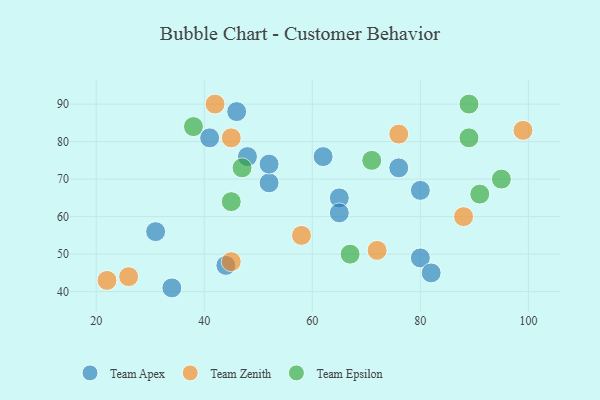
{"axis": {"x": "GDP", "y": "Life Expectancy"}, "legend": ["Team Apex", "Team Epsilon", "Team Zenith"], "data": [{"x": "76", "y": 73, "type": "Team Apex"}, {"x": "80", "y": 49, "type": "Team Apex"}, {"x": "44", "y": 47, "type": "Team Apex"}, {"x": "46", "y": 88, "type": "Team Apex"}, {"x": "82", "y": 45, "type": "Team Apex"}, {"x": "31", "y": 56, "type": "Team Apex"}, {"x": "48", "y": 76, "type": "Team Apex"}, {"x": "65", "y": 65, "type": "Team Apex"}, {"x": "62", "y": 76, "type": "Team Apex"}, {"x": "34", "y": 41, "type": "Team Apex"}, {"x": "80", "y": 67, "type": "Team Apex"}, {"x": "41", "y": 81, "type": "Team Apex"}, {"x": "52", "y": 69, "type": "Team Apex"}, {"x": "65", "y": 61, "type": "Team Apex"}, {"x": "52", "y": 74, "type": "Team Apex"}, {"x": "26", "y": 44, "type": "Team Zenith"}, {"x": "72", "y": 51, "type": "Team Zenith"}, {"x": "88", "y": 60, "type": "Team Zenith"}, {"x": "45", "y": 81, "type": "Team Zenith"}, {"x": "76", "y": 82, "type": "Team Zenith"}, {"x": "42", "y": 90, "type": "Team Zenith"}, {"x": "58", "y": 55, "type": "Team Zenith"}, {"x": "45", "y": 48, "type": "Team Zenith"}, {"x": "99", "y": 83, "type": "Team Zenith"}, {"x": "22", "y": 43, "type": "Team Zenith"}, {"x": "95", "y": 70, "type": "Team Epsilon"}, {"x": "47", "y": 73, "type": "Team Epsilon"}, {"x": "67", "y": 50, "type": "Team Epsilon"}, {"x": "45", "y": 64, "type": "Team Epsilon"}, {"x": "91", "y": 66, "type": "Team Epsilon"}, {"x": "38", "y": 84, "type": "Team Epsilon"}, {"x": "71", "y": 75, "type": "Team Epsilon"}, {"x": "89", "y": 81, "type": "Team Epsilon"}, {"x": "89", "y": 90, "type": "Team Epsilon"}]}